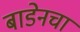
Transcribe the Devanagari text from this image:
बाडेनचा